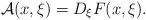
\begin{align*}\mathcal{A}(x,\xi)= D_{\xi}F(x,\xi). \end{align*}